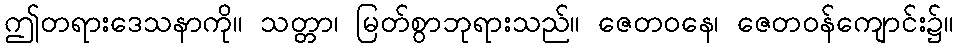
ဤတရားဒေသနာကို။ သတ္တာ၊ မြတ်စွာဘုရားသည်။ ဇေတဝနေ၊ ဇေတဝန်ကျောင်း၌။